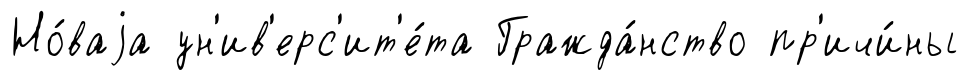
Но́ваjа ун'ив'ерс'ит'е́та Гражда́нство пр'ичи́ны